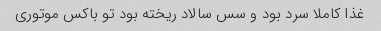
غذا کاملا سرد بود و سس سالاد ریخته بود تو باکس موتوری